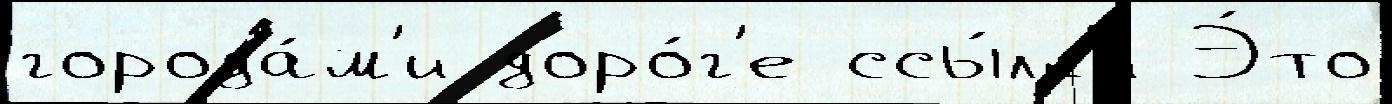
города́м'и доро́г'е ссы́лк'и Э́то